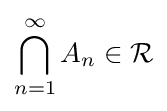
\bigcap _{n=1}^{\infty }A_{n}\in {\mathcal {R}}